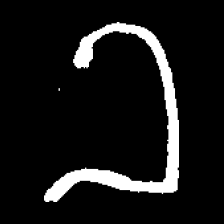
Pyu character \u2014 Myanmar letter: ခ (romanized: kha)